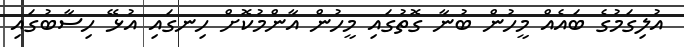
އުލިގަމުގެ ބައެއް މީހުން ބުނާ ގޮތުގައި މީހުން އާންމުކޮށް ހިނގައި އުޅޭ ހިސާބުގައި